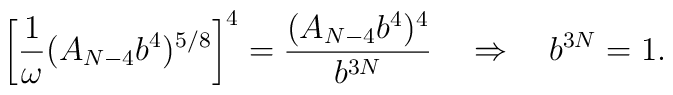
\left[\frac{1}{\omega} (A_{N-4}b^4)^{5/8}\right]^4=\frac{( A_{N-4}b^4)^4}{b^{3N}}\quad \Rightarrow \quad b^{3N}=1.